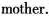
mother.